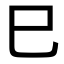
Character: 巳